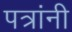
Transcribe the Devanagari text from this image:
पत्रांनी